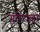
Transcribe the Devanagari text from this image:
गुरोराज्ञा